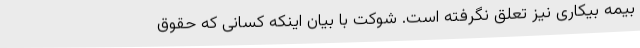
بیمه بیکاری نیز تعلق نگرفته است. شوکت با بیان اینکه کسانی که حقوق